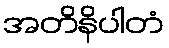
အတိနိပါတံ